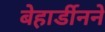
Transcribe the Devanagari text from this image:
बेहार्डीनने